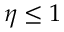
\eta \le 1